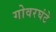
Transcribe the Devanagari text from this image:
गोवरघंटे